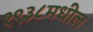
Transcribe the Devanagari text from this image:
१९३८मधील